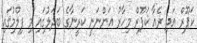
ކަޕޫރް އަދި ރެއާ ކަޕޫރް މިހާރު އަންނަނީ ކަރީނާގެ ބަދަލުގައި މި ފިލްމުގައި